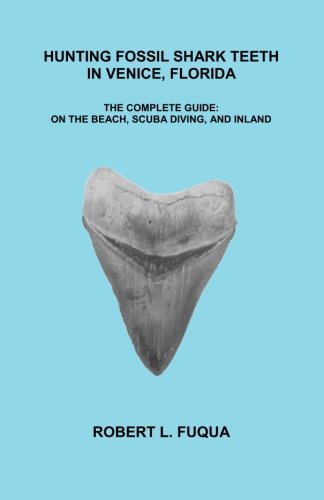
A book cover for Hunting Fossil Shark Teeth In Venice, Florida: The Complete Guide: On The Beach, SCUBA Diving, and Inland; Robert L. Fuqua; Science & Math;